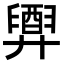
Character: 𢍲